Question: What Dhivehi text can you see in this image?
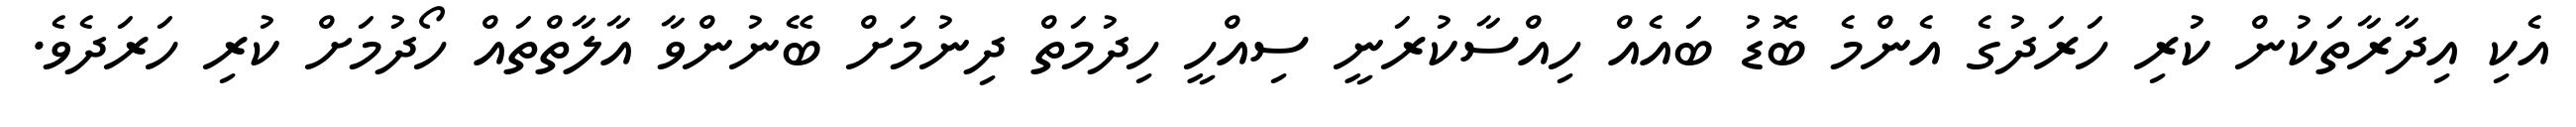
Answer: އެކި އިދާރާތަކުން ކުރި ހަރަދުގެ އެންމެ ބޮޑު ބައެއް ހިއްސާކުރަނީ ސިއްހީ ހިދުމަތް ދިނުމަށް ބޭނުންވާ އާލާތްތައް ހޯދުމަށް ކުރި ހަރަދެވެ.